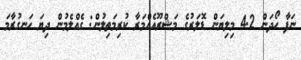
ނަފާ ހޯދަން 4.2 މިލިޔަން ޑޮލަރުގެ މަޝްރޫއެއްމަރާ ކުރިމަތިލުން: ގެއްލެމުން ދިޔަ ހަނގުރާމަ